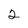
Character: 2